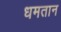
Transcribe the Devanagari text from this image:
धमतान